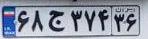
۶۸ج۳۷۴۳۶